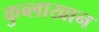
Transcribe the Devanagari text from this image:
कुब्लाखान